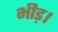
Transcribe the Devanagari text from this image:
भीड़।